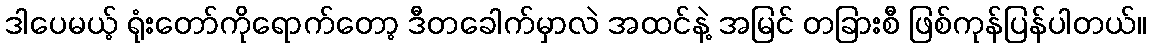
ဒါပေမယ့် ရုံးတော်ကိုရောက်တော့ ဒီတခေါက်မှာလဲ အထင်နဲ့ အမြင် တခြားစီ ဖြစ်ကုန်ပြန်ပါတယ်။